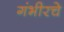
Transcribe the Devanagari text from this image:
गंभीरचे